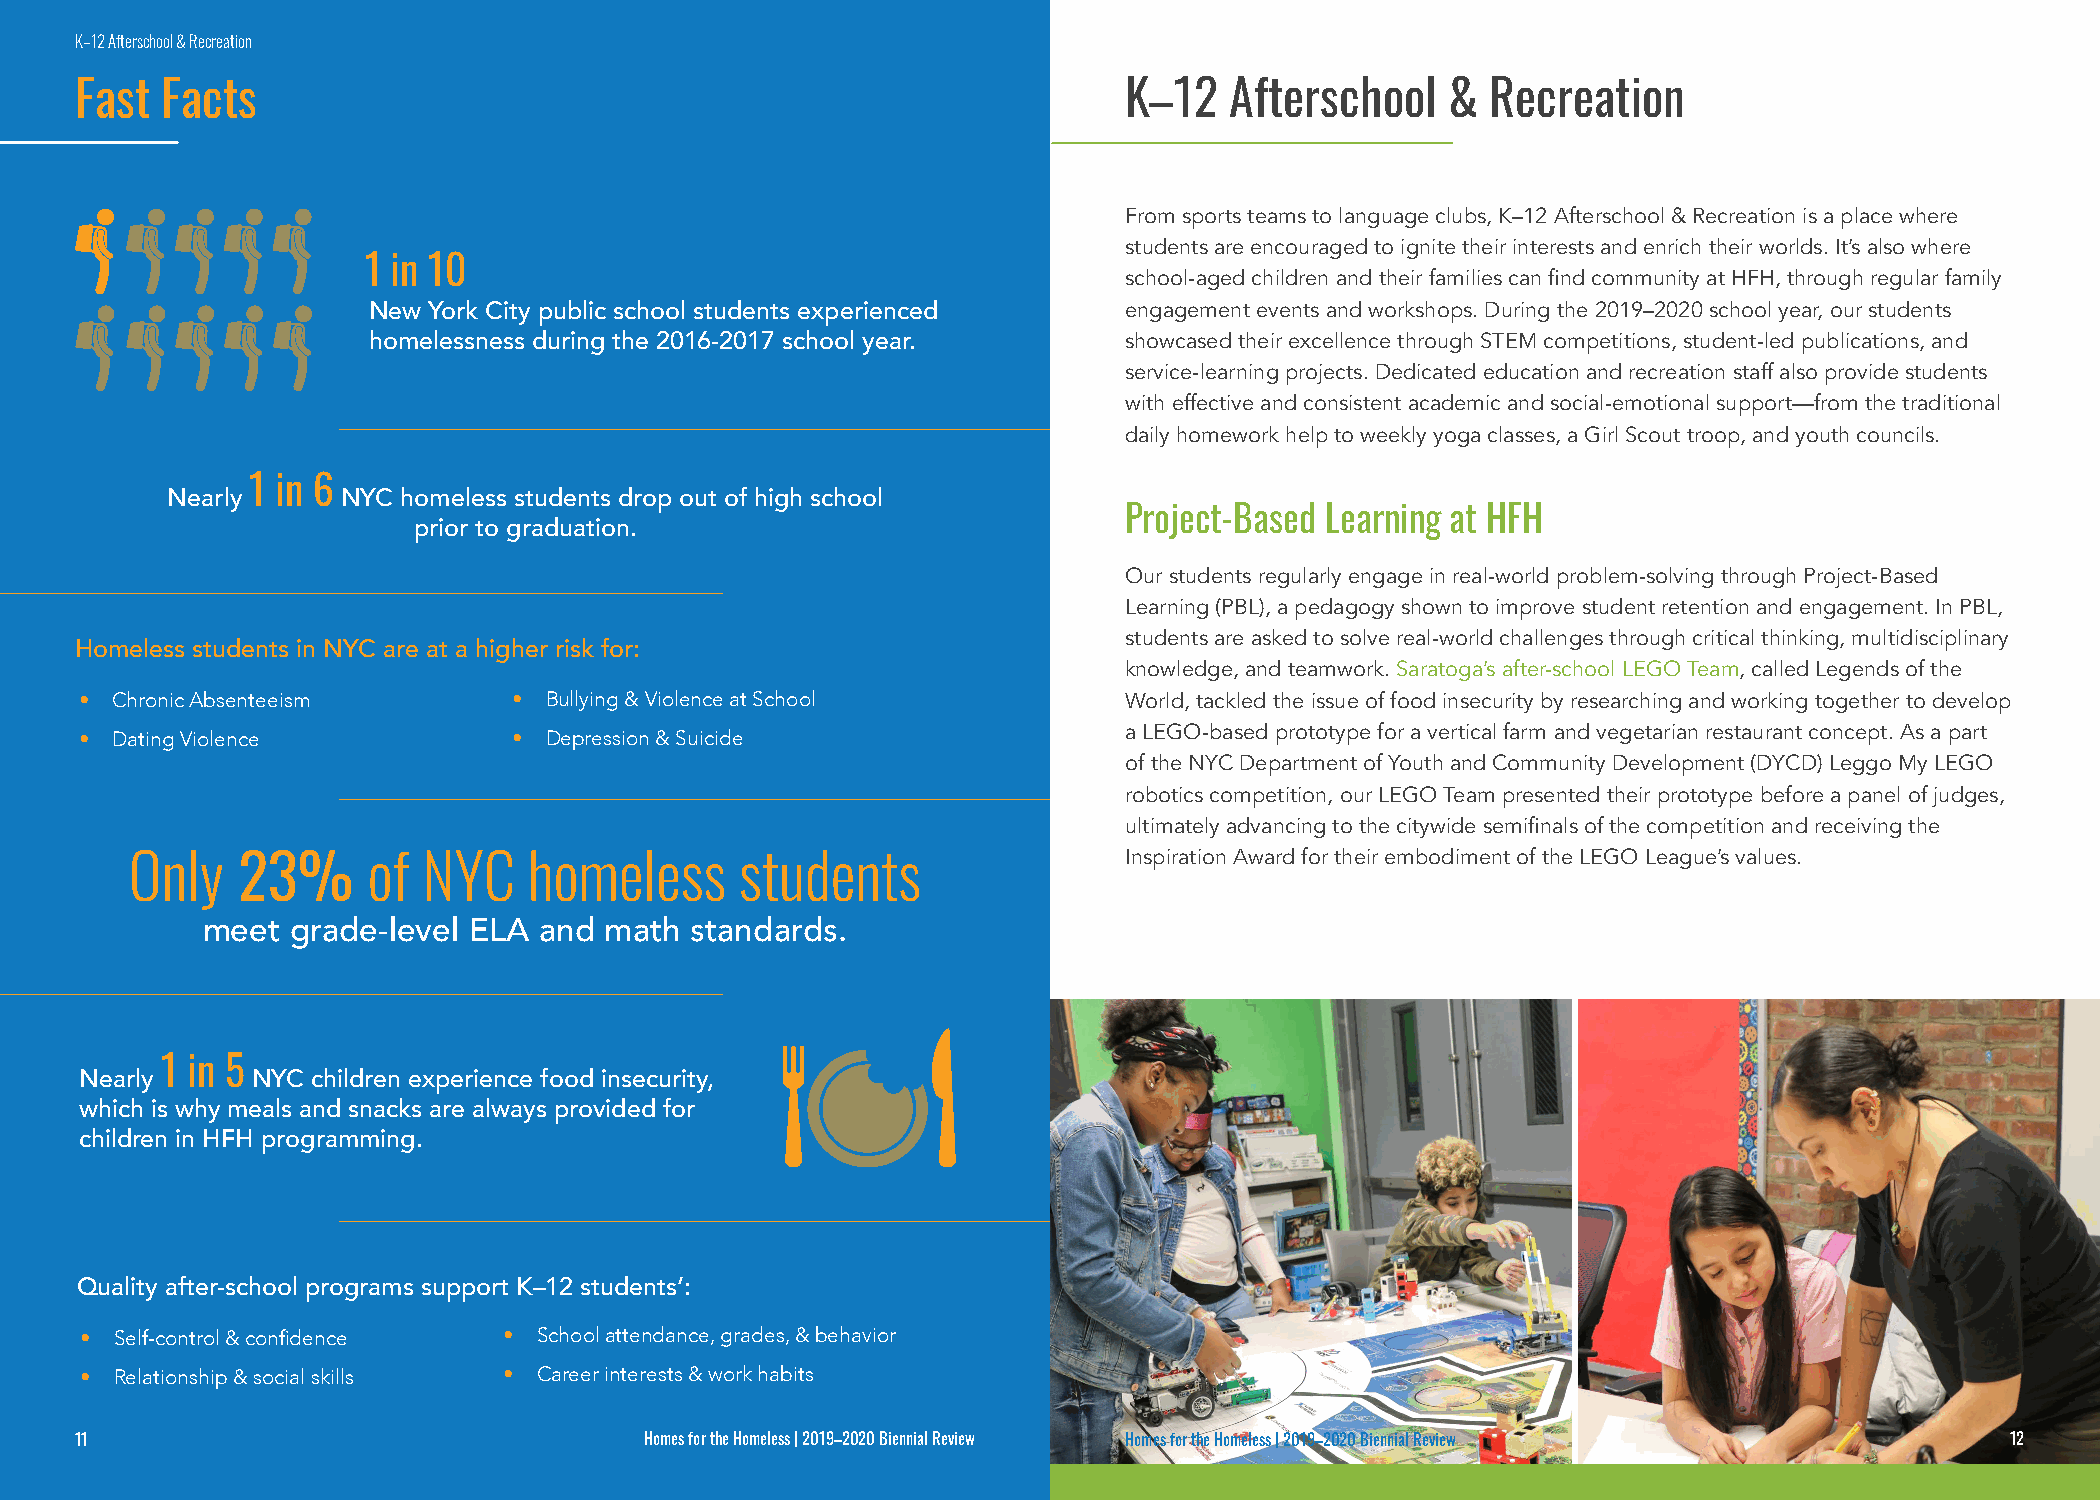
K–12 Afterschool & Recreation
 Fast  Facts                                                          K–12   Afterschool    &  Recreation
 From sports teams to language clubs, K–12 Afterschool & Recreation is a place where
 students are encouraged to ignite their interests and enrich their worlds. It’s also where
 1 in 10
 school-aged children and their families can find community at HFH, through regular family
 New York City public school students experienced  engagement events and workshops. During the 2019–2020 school year, our students
 homelessness during the 2016-2017 school year.    showcased their excellence through STEM competitions, student-led publications, and
 service-learning projects. Dedicated education and recreation staff also provide students
 with effective and consistent academic and social-emotional support—from the traditional
 daily homework help to weekly yoga classes, a Girl Scout troop, and youth councils.
 1 in 6
 Nearly      NYC homeless students drop out of high school
 Project-Based Learning at HFH
 prior to graduation.
 Our students regularly engage in real-world problem-solving through Project-Based
 Learning (PBL), a pedagogy shown to improve student retention and engagement. In PBL,
 students are asked to solve real-world challenges through critical thinking, multidisciplinary
 Homeless students in NYC are at a higher risk for:
 knowledge, and teamwork. Saratoga’s after-school LEGO Team, called Legends of the
 • Chronic Absenteeism        • Bullying & Violence at School         World, tackled the issue of food insecurity by researching and working together to develop
 • Dating Violence            • Depression & Suicide                  a LEGO-based prototype for a vertical farm and vegetarian restaurant concept. As a part
 of the NYC Department of Youth and Community Development (DYCD) Leggo My LEGO
 robotics competition, our LEGO Team presented their prototype before a panel of judges,
 ultimately advancing to the citywide semifinals of the competition and receiving the
 Inspiration Award for their embodiment of the LEGO League’s values.
 Only   23%     of  NYC    homeless      students
 meet  grade-level ELA  and math  standards.
 1 in 5
 Nearly      NYC children experience food insecurity,
 which is why meals and snacks are always provided for
 children in HFH programming.
 Quality after-school programs support K–12 students’:
 •  Self-control & confidence • School attendance, grades, & behavior
 •  Relationship & social skills • Career interests & work habits
 11                                    Homes for the Homeless | 2019–2020 Biennial Review Homes for the Homeless | 2019–2020 Biennial Review 12